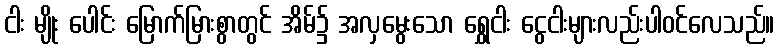
ငါး မျိုး ပေါင်း မြောက်မြားစွာတွင် အိမ်၌ အလှမွေးသော ရွှေငါး ငွေငါးများလည်းပါဝင်လေသည်။